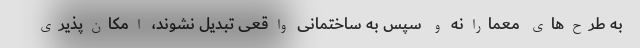
به طرح‌های معمارانه و سپس به ساختمانی واقعی تبدیل نشوند، امکان‌پذیری